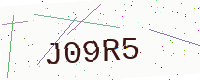
Text: J09R5